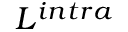
L ^ { i n t r a }